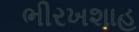
ભીરખશાહ